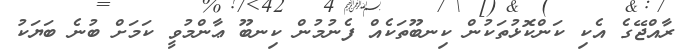
ރާއްޖޭގެ އެކި ކަންކޮޅުތަކުން ކިނބޫތަަކެއް ފެނުމުން ކިނބޫ ޢާންމުވީ ކަމަށް ބުނެ ބަޔަކު